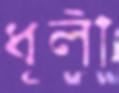
ধূলী